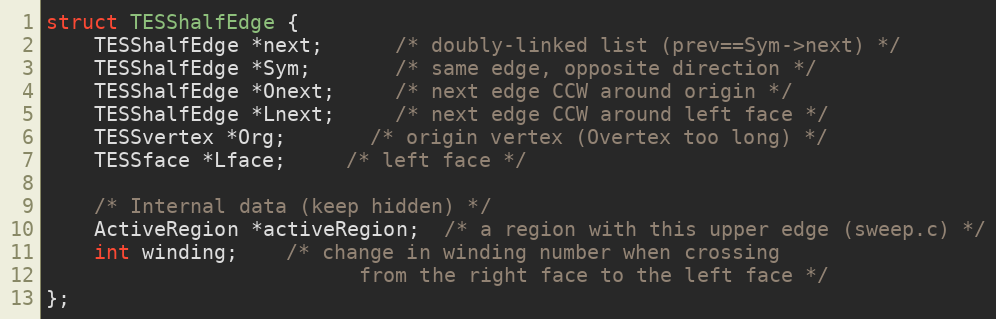
Language: C
struct TESShalfEdge {
	TESShalfEdge *next;      /* doubly-linked list (prev==Sym->next) */
	TESShalfEdge *Sym;       /* same edge, opposite direction */
	TESShalfEdge *Onext;     /* next edge CCW around origin */
	TESShalfEdge *Lnext;     /* next edge CCW around left face */
	TESSvertex *Org;       /* origin vertex (Overtex too long) */
	TESSface *Lface;     /* left face */

	/* Internal data (keep hidden) */
	ActiveRegion *activeRegion;  /* a region with this upper edge (sweep.c) */
	int winding;    /* change in winding number when crossing
						  from the right face to the left face */
};